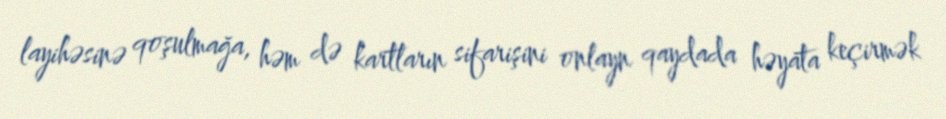
layihəsinə qoşulmağa, həm də kartların sifarişini onlayn qaydada həyata keçirmək